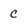
Character: c